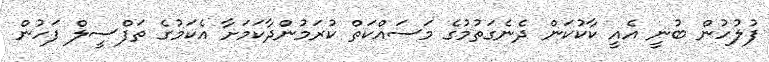
ފުލުހުން ބުނީ އެއީ ކާކުކަން ދެނެގަތުމުގެ މަސައްކަތް ކުރަމުންދާކަމަށާ އެކަމުގެ ތަފްސީލް ފަހުން